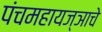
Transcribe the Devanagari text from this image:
पंचमहायज्ञाचे